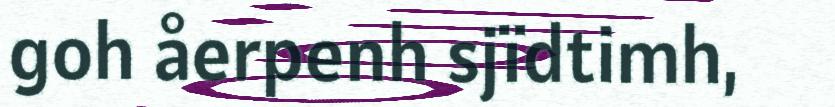
goh åerpenh sjïdtimh,